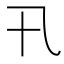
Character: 卂